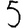
Digit: 5